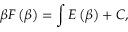
\beta F \left( \beta \right) = \int E \left( \beta \right) + C ,